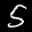
Label: 5